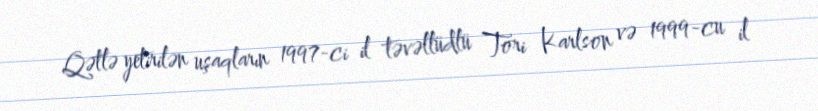
Qətlə yetirilən uşaqların 1997-ci il təvəllüdlü Tori Karlson və 1999-cu il